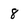
Character: 8